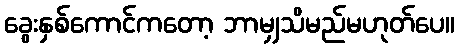
ခွေးနှစ်ကောင်ကတော့ ဘာမျှသိမည်မဟုတ်ပေ။